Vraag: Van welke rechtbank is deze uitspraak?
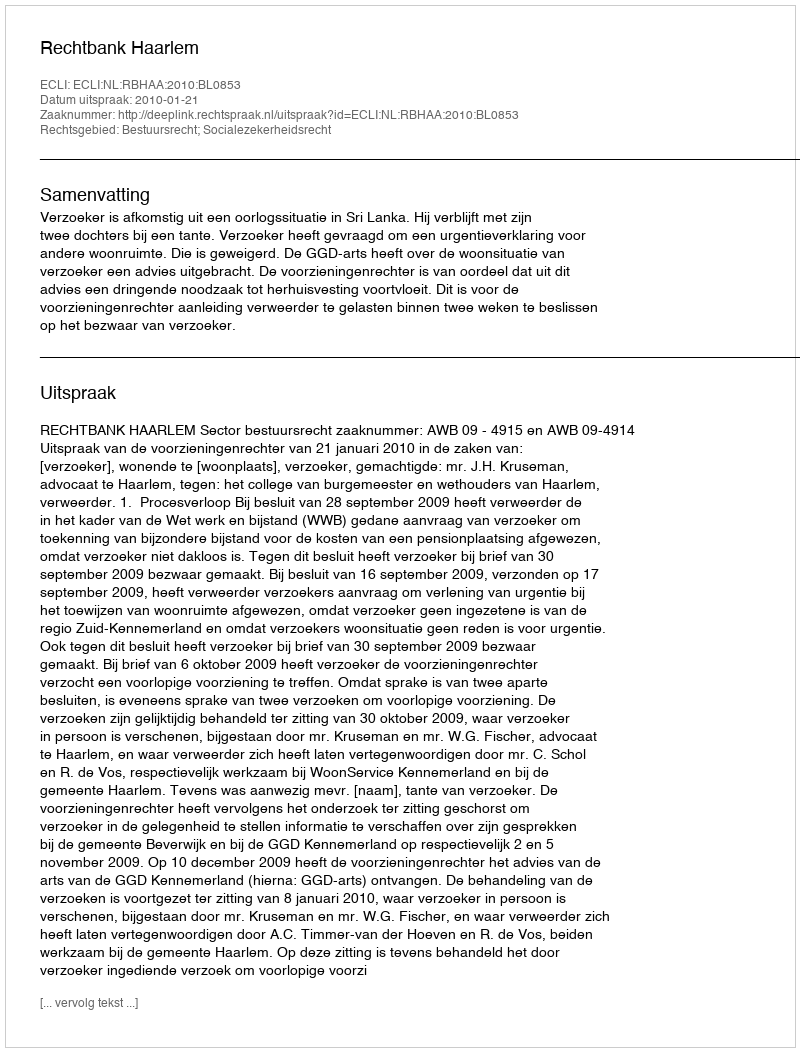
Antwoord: Rechtbank Haarlem